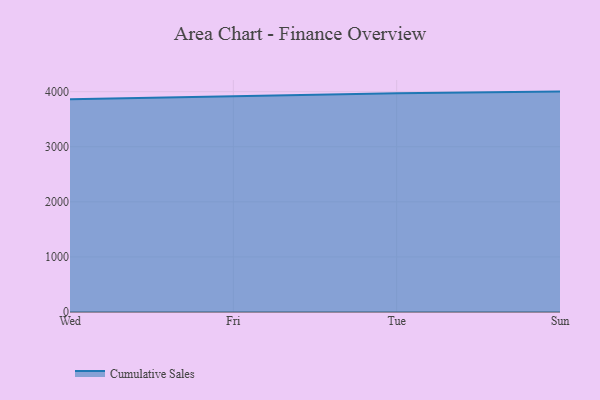
{"axis": {"x": "Day", "y": "Market Share (%)"}, "legend": ["Cumulative Sales"], "data": [{"x": "Wed", "y": 3864.8, "type": "Cumulative Sales"}, {"x": "Fri", "y": 3912.0, "type": "Cumulative Sales"}, {"x": "Tue", "y": 3970.3, "type": "Cumulative Sales"}, {"x": "Sun", "y": 4001.5, "type": "Cumulative Sales"}]}